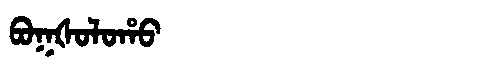
Manchu: ᠪᠣᡴᡧᠣᠯᠣᡥᠣ
Romanization: BOKŠOLOHO